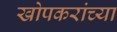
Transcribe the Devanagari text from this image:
खोपकरांच्या